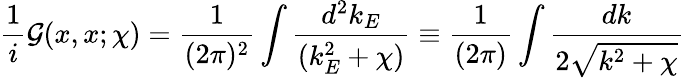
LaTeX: \frac{1}{i}{\cal G}(x,x;\chi)=\frac{1}{(2\pi)^{2}}\int\frac{d^{2}k_{E}}{(k_{E}^{2}+\chi)}\equiv\frac{1}{(2\pi)}\int\frac{dk}{2\sqrt{k^{2}+\chi}}